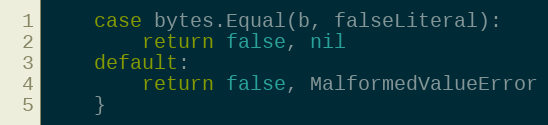
Language: Go
	case bytes.Equal(b, falseLiteral):
		return false, nil
	default:
		return false, MalformedValueError
	}